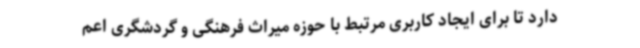
دارد تا برای ایجاد کاربری مرتبط با حوزه میراث فرهنگی و گردشگری اعم